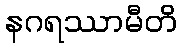
နဂရဿာမီတိ